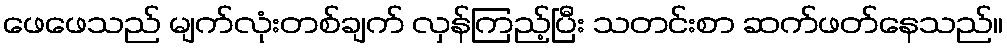
ဖေဖေသည် မျက်လုံးတစ်ချက် လှန်ကြည့်ပြီး သတင်းစာ ဆက်ဖတ်နေသည်။